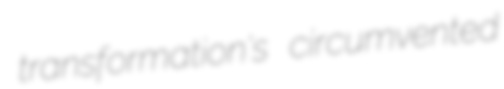
transformation's circumvented